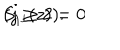
LaTeX: S _ { 1 ^ { j } } ( z ) = 0 \hspace { 1 0 m m } ( j \geq 2 ) .